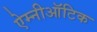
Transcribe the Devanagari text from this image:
ऐम्नीऑटिक